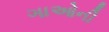
ગાઓની